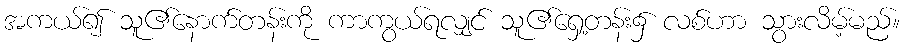
အကယ်၍ သူ၏နောက်တန်းကို ကာကွယ်ရလျှင် သူ၏ရှေ့တန်း၌ လစ်ဟာ သွားလိမ့်မည်။